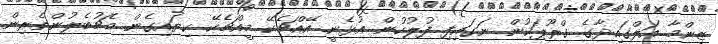
ޒިންމާ އަލްގައިދާގެ ގްރޫޕަކުން ނަގައިފި ފުލުހުން އުޅެނީ އޭއްޗެކޭ މީއްޗެކޭ ކިޔައިގެން މެޗުބެލުންތެރިން